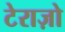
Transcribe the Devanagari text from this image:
टेराज़ो